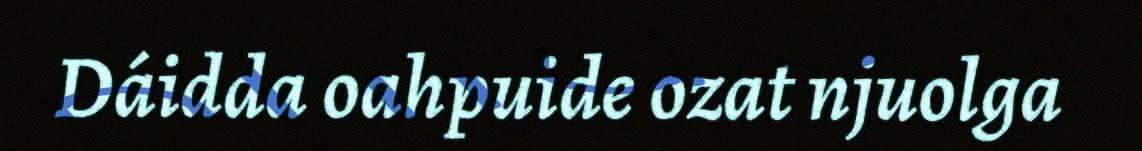
Dáidda oahpuide ozat njuolga